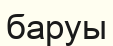
баруы